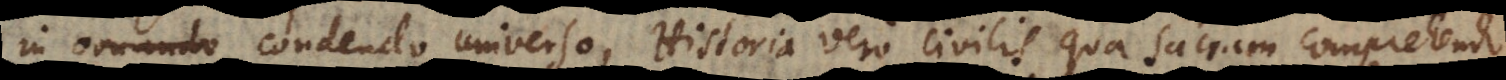
in ornando condendo universo, Historia vero civilis qua sacram comprehendo